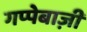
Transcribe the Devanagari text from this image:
गप्पेबाज़ी